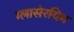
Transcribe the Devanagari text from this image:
ग्लासेरयिम